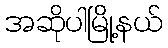
အဆိုပါမြို့နယ်